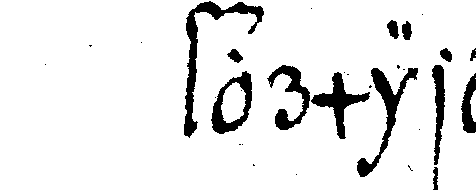
formiret .